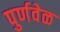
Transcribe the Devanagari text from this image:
पुर्णवेळ